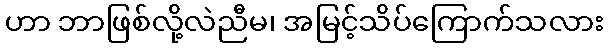
ဟာ ဘာဖြစ်လို့လဲညီမ၊ အမြင့်သိပ်ကြောက်သလား